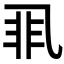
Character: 𱎇